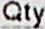
QTY